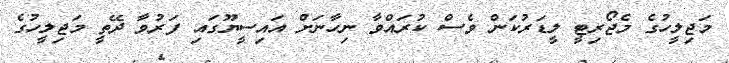
މަޖިލީހުގެ މެޖޯރިޓީ ލީޑަރުކަން ވެސް ކުރައްވާ ނިހާނަށް އައިސީޔޫގައި ފަރުވާ ދޭތީ މަޖިލީހުގެ